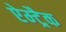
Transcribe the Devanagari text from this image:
ऐम्ट्रैक